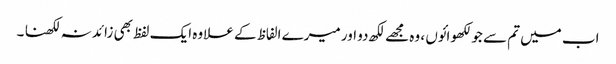
اب میں تم سے جو لکھوائوں ، وہ مجھے لکھ دو اور میرے الفاظ کے علاوہ ایک لفظ بھی زائد نہ لکھنا ۔